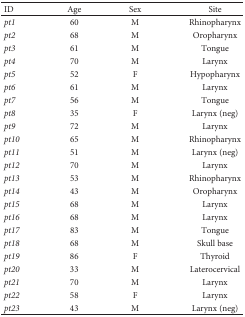
<table><thead><tr><td><b>ID</b></td><td><b>Age</b></td><td><b>Sex</b></td><td><b>Site</b></td></tr></thead><tbody><tr><td><i>pt1</i></td><td>60</td><td>M</td><td>Rhinopharynx</td></tr><tr><td><i>pt2</i></td><td>68</td><td>M</td><td>Oropharynx</td></tr><tr><td><i>pt3</i></td><td>61</td><td>M</td><td>Tongue</td></tr><tr><td><i>pt4</i></td><td>70</td><td>M</td><td>Larynx</td></tr><tr><td><i>pt5</i></td><td>52</td><td>F</td><td>Hypopharynx</td></tr><tr><td><i>pt6</i></td><td>61</td><td>M</td><td>Larynx</td></tr><tr><td><i>pt7</i></td><td>56</td><td>M</td><td>Tongue</td></tr><tr><td><i>pt8</i></td><td>35</td><td>F</td><td>Larynx (neg)</td></tr><tr><td><i>pt9</i></td><td>72</td><td>M</td><td>Larynx</td></tr><tr><td><i>pt10</i></td><td>65</td><td>M</td><td>Rhinopharynx</td></tr><tr><td><i>pt11</i></td><td>51</td><td>M</td><td>Larynx (neg)</td></tr><tr><td><i>pt12</i></td><td>70</td><td>M</td><td>Larynx</td></tr><tr><td><i>pt13</i></td><td>53</td><td>M</td><td>Rhinopharynx</td></tr><tr><td><i>pt14</i></td><td>43</td><td>M</td><td>Oropharynx</td></tr><tr><td><i>pt15</i></td><td>68</td><td>M</td><td>Larynx</td></tr><tr><td><i>pt16</i></td><td>68</td><td>M</td><td>Larynx</td></tr><tr><td><i>pt17</i></td><td>83</td><td>M</td><td>Tongue</td></tr><tr><td><i>pt18</i></td><td>68</td><td>M</td><td>Skull base</td></tr><tr><td><i>pt19</i></td><td>86</td><td>F</td><td>Thyroid</td></tr><tr><td><i>pt20</i></td><td>33</td><td>M</td><td>Laterocervical</td></tr><tr><td><i>pt21</i></td><td>70</td><td>M</td><td>Larynx</td></tr><tr><td><i>pt22</i></td><td>58</td><td>F</td><td>Larynx</td></tr><tr><td><i>pt23</i></td><td>43</td><td>M</td><td>Larynx (neg)</td></tr></tbody></table>